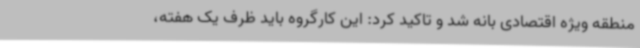
منطقه ویژه اقتصادی بانه شد و تاکید کرد: این کارگروه باید ظرف یک هفته،